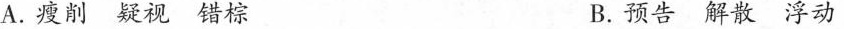
A.瘦削 疑视 错棕 B.预告 解散 浮动